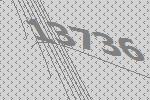
13736